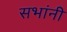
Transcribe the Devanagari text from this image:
सभांनी